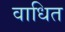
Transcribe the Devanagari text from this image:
वाधित